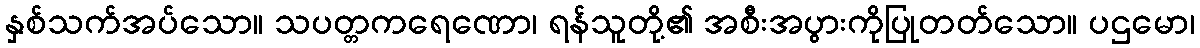
နှစ်သက်အပ်သော။ သပတ္တကရေဏော၊ ရန်သူတို့၏ အစီးအပွားကိုပြုတတ်သော။ ပဌမော၊